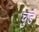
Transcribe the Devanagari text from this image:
चुडे